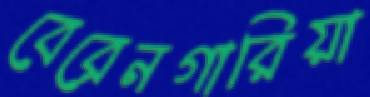
বেরেনগারিয়া